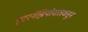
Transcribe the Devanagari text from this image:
इंटरनॅझियोनालकडून